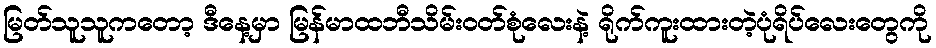
မြတ်သူသူကတော့ ဒီနေ့မှာ မြန်မာထဘီသိမ်းဝတ်စုံလေးနဲ့ ရိုက်ကူးထားတဲ့ပုံရိပ်လေးတွေကို